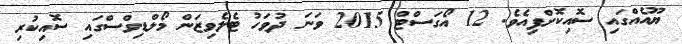
ޔޫއެއްގައި ސޮއިކޮށްފިއެވެ. 12 އޯގަސްޓް 2015 ވަނަ ދުވަހު ޓެލެވިޒަން މޯލްޑިވްސްގައި ސޮއިކުރި